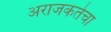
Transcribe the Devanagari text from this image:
अराजकतेचा